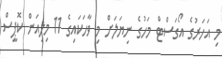
މި އަހަރުގެ އޯގަސްޓް މަހުގެ ނިޔަލަށް މި ވާހަކައިގެ 11 މިލިއަން ކޮޕީސް